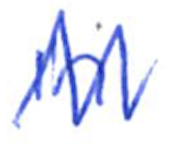
Text: in
Cross-out: zig-zag
Writing tool: ballpoint